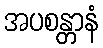
အပစန္တာနံ